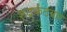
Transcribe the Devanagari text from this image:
रुद्रकंठवार